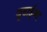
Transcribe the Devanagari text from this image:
जूडाईज्म